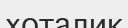
хоталик